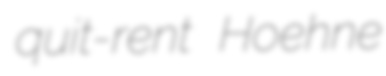
quit-rent Hoehne